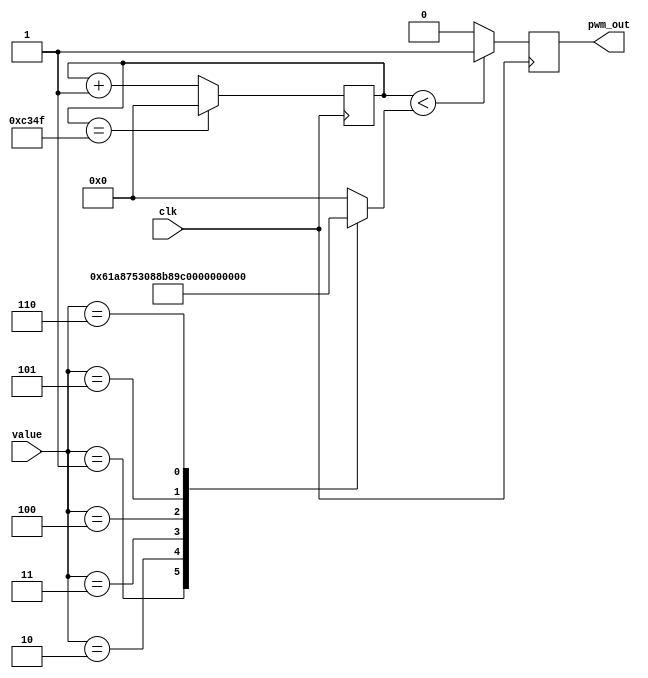
`timescale 1ns / 1ps

module pwm(
	input clk,
	input [2:0] value,
	output reg pwm_out
);

reg [15:0] counter;
reg [15:0] speed;
localparam freq = 50000;

initial begin
	counter = 0;
end

always @(posedge(clk))
begin
	if(counter == freq - 1)
		counter <= 0;
	else begin
		counter <= counter +1;
	end

	if(counter < speed)
		pwm_out <= 1;
	else 
		pwm_out <= 0;
end



always @ (*) 
	begin
		case(value)
			3'd0 : speed = 16'd0;
			3'd1 : speed = 16'd25000;
			3'd2 : speed = 16'd30000;
			3'd3 : speed = 16'd35000;
			3'd4: speed = 16'd40000;
			3'd5 : speed = 16'd45000;
			3'd6 : speed = 16'd50000;
			default : speed = 16'd0;
		endcase
	end





endmodule